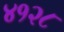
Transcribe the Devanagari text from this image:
४१२८